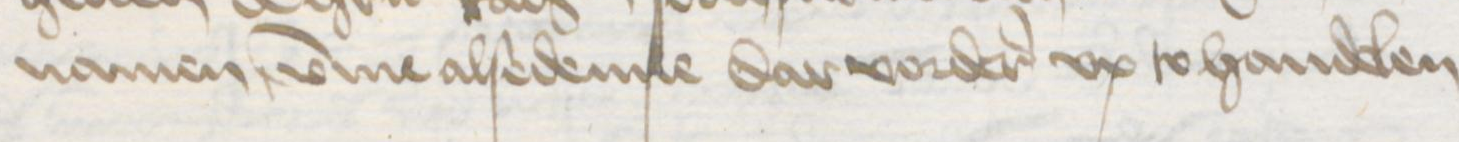
namen umme alsedenne dar vorderes vp to handelen